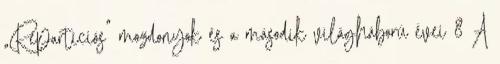
„Repartíciós” mozdonyok és a második világháború évei 8 A